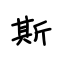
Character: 斯